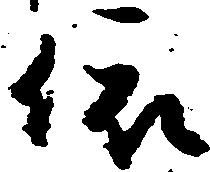
依